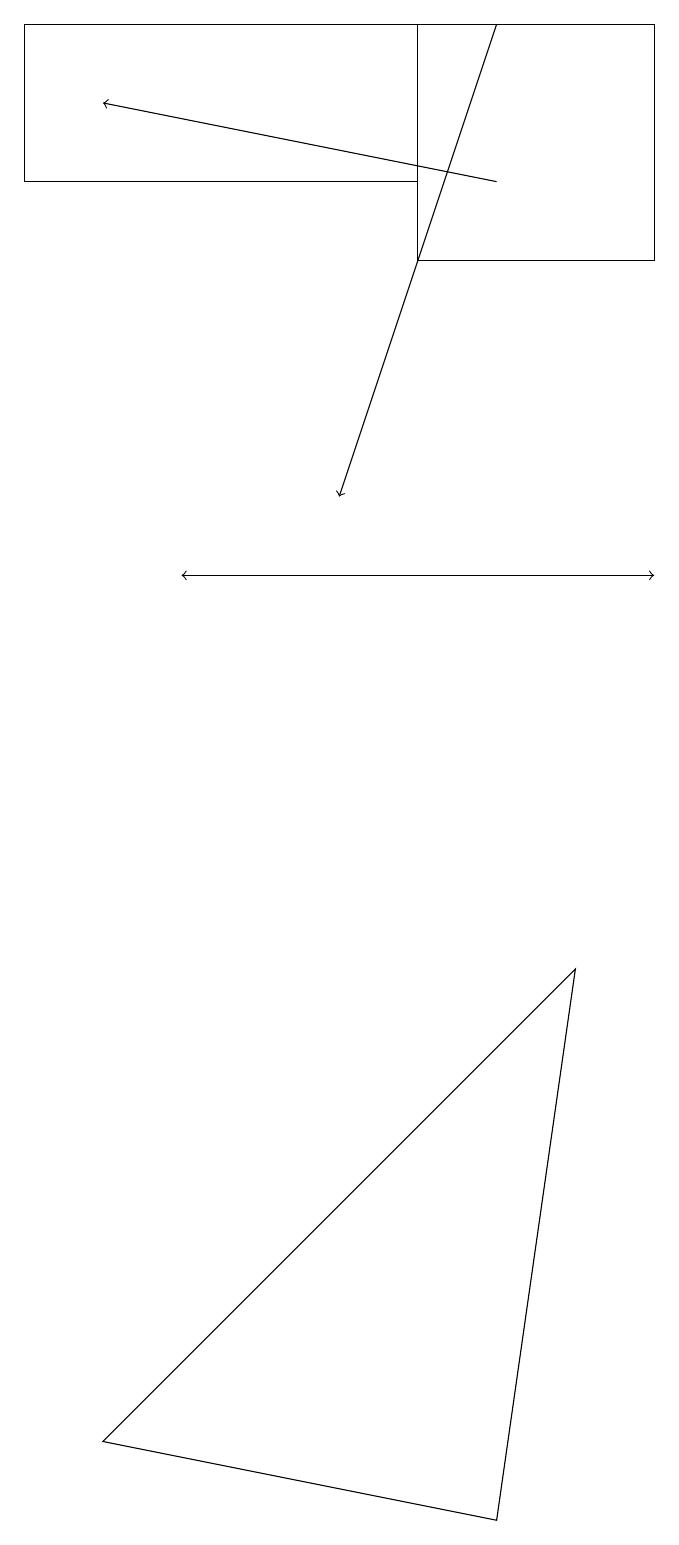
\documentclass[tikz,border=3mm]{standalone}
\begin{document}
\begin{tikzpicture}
\draw (5,19) rectangle (8,16);
\draw (1,1) -- (6,0) -- (7,7) -- cycle;
\draw[->] (2,12) -- (8,12);
\draw (0,19) rectangle (5,17);
\draw[->] (8,12) -- (2,12);
\draw[->] (6,19) -- (4,13);
\draw[->] (6,17) -- (1,18);
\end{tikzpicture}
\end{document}